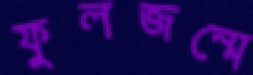
ফুলজন্মে